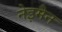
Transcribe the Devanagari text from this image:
नेइमैन